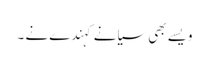
ویسے بھی سیانے کہندے نے ۔